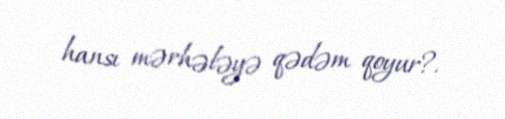
hansı mərhələyə qədəm qoyur?.